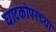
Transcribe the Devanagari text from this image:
घाटकोपरच्या